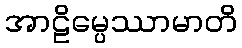
အာဠိမ္ပေဿာမာတိ